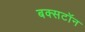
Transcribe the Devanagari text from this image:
बक्सटॉन